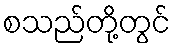
စသည်တို့တွင်